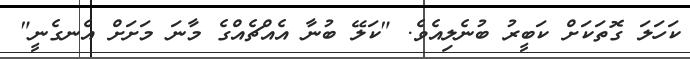
ކަހަލަ ގޮތަކަށް ކަބީރު ބުނެލިއެވެ. "ކަލޭ ބުނާ އެއްޗެއްގެ މާނަ މަށަށް އެނގެނީ"